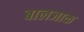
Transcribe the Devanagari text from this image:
बालजाक